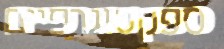
ספקטוגרפיים